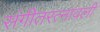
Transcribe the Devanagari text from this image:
संगीतरत्नावली